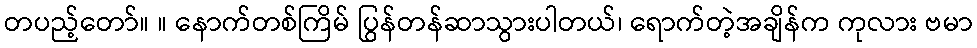
တပည့်တော်။ ။ နောက်တစ်ကြိမ် ပြွန်တန်ဆာသွားပါတယ်၊ ရောက်တဲ့အချိန်က ကုလား ဗမာ